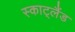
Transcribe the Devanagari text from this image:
स्काट्लैंड